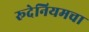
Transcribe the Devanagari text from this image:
रूदेनियमचा